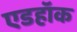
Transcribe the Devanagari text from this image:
एडहॉक